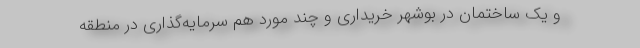
و یک ساختمان در بوشهر خریداری و چند مورد هم سرمایه‌گذاری در منطقه